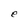
Character: e